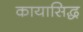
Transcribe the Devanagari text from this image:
कायासिद्ध